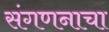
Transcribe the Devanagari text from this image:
संगणनाचा